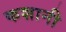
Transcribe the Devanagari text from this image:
कशानी